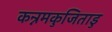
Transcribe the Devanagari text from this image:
कन्नमकुजिताडु